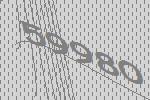
59980